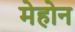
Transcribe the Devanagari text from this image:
मेहोन